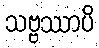
သဗ္ဗဿာပိ